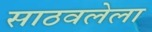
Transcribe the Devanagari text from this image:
साठवलेला